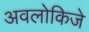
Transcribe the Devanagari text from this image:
अवलोकिजे